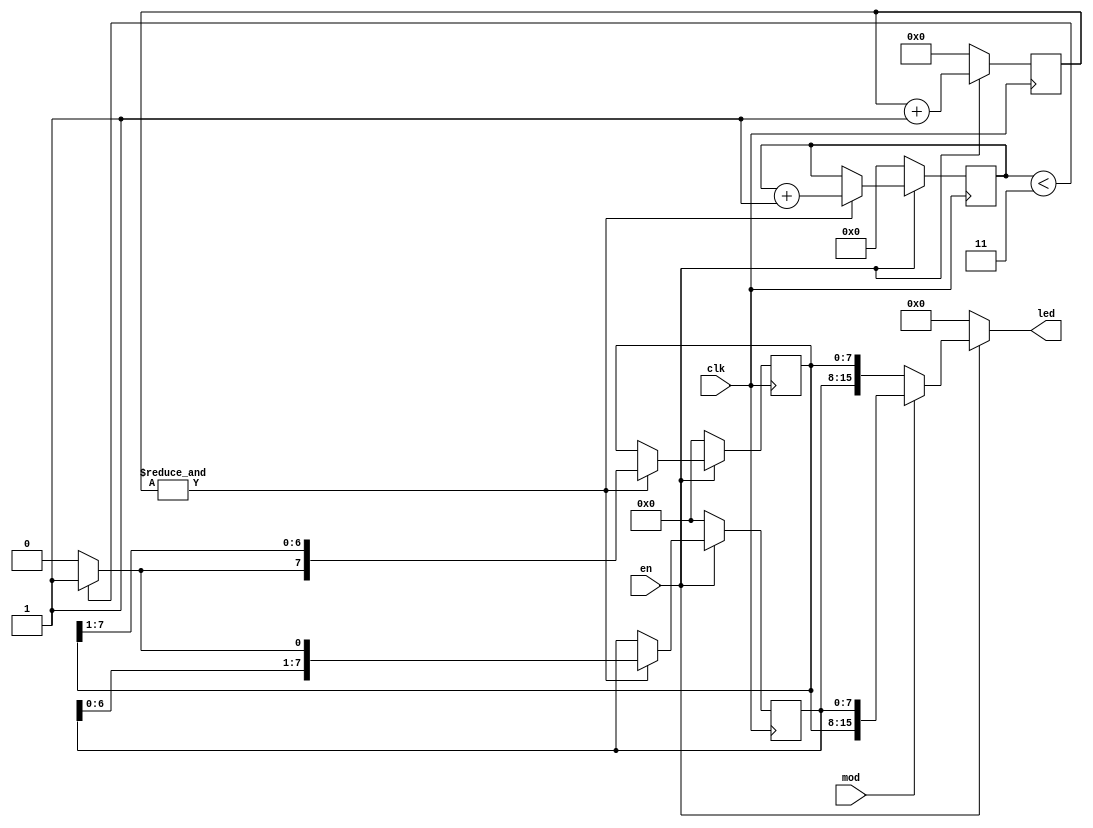

///////////////////////////////////
//
//  Carson Robles
//  Aug 31, 2016
//
//  led driver
//  shows an led light show
//
///////////////////////////////////

// if DEBUG is defined, cnt is smaller to allow for simulations that don't take ms of data
`define CNT_WIDTH 23

`ifdef DEBUG
    `define CNT_WIDTH 2
`endif

module led16_drv (
    input  wire        clk,     // clock signal

    input  wire        en,      // leds off when enable low
    input  wire        mod,     // mode to select pattern

    output wire [15:0] led      // output leds
);

    // shift in bit
    reg         s_in;

    // tick signal for sending next shift bit
    wire        tck;

    // 4-bit shift counter
    reg  [ 3:0] cnt_s = 4'h0;

    // left and right halves of led
    reg  [ 7:0] led_l = 8'h0;
    reg  [ 7:0] led_r = 8'h0;

    // final output value to be sent to enable condition
    wire [15:0] led_f;

    // tick counter
    reg  [`CNT_WIDTH - 1:0] cnt_t = `CNT_WIDTH'h0;

    // pulse when cnt_t full
    assign tck   = &cnt_t;

    // switch based on mode
    assign led_f = (mod == 1'b1) ? {led_r, led_l} : {led_l, led_r};
    // light show shows when enable is high, else lights out
    assign led   = (en == 1'b1) ? led_f : 16'h0;

    /* increment tick counter at clock edge */
    always @ (posedge clk) begin
        if (en == 1'b1) begin
            cnt_t <= cnt_t + `CNT_WIDTH'h1;
        end else begin
            cnt_t <= `CNT_WIDTH'h0;
        end
    end

    /* increment shift counter when tck is high */
    always @ (posedge clk) begin
        if (en == 1'b0) begin
            cnt_s <= 4'h0;
        end else begin
            if (tck == 1'b1) begin
                cnt_s <= cnt_s + 4'h1;
            end
        end
    end

    /* create s_in pattern */
    always @ (*) begin
        if (cnt_s[3:0] < 4'h3) begin
            s_in = 1'b1;
        end else begin
            s_in = 1'b0;
        end
    end

    /* shift in s_in bit if tick signal is high */
    always @ (posedge clk) begin
        if (en == 1'b0) begin
            led_l <= 8'h0;
            led_r <= 8'h0;
        end else begin
            if (tck == 1'b1) begin
                led_l <= {led_l[6:0], s_in};
                led_r <= {s_in, led_r[7:1]};
            end
        end
    end

endmodule